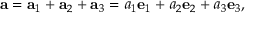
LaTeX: \mathbf { a } = \mathbf { a } _ { 1 } + \mathbf { a } _ { 2 } + \mathbf { a } _ { 3 } = a _ { 1 } { \mathbf { e } } _ { 1 } + a _ { 2 } { \mathbf { e } } _ { 2 } + a _ { 3 } { \mathbf { e } } _ { 3 } ,